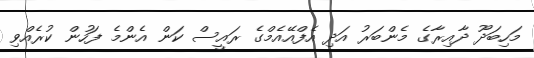
މަހިބަދޫ ދާއިރާގެ މެންބަރު އަދި އެފްއޭއެމްގެ ރައީސް ކަން އެންމެ ފަހުން ކުރެއްވި